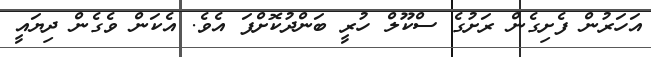
އަހަރުން ފެށިގެން ރަށުގެ ސްކޫލް ހުރީ ބަންދުކޮށްފަ އެވެ. އެކަން ވެގެން ދިޔައީ